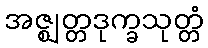
အဇ္ဈတ္တဒုက္ခသုတ္တံ